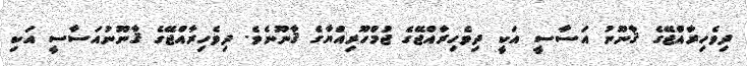
ދިވެހިރާއްޖޭގެ ޤާނޫނު އަސާސީ އަކީ ދިވެހިރާއްޖޭގެ ޖުމްހޫރިއްޔާގެ ޤާނޫނެވެ. ދިވެހިރާއްޖޭގެ ޤާނޫނުއަސާސީ އަކި